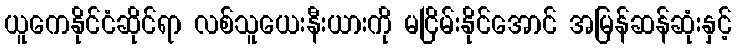
ယူကေနိုင်ငံဆိုင်ရာ လစ်သူယေးနီးယားကို မငြိမ်းနိုင်အောင် အမြန်ဆန်ဆုံးနှင့်